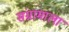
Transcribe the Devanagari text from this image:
संग्रामाला